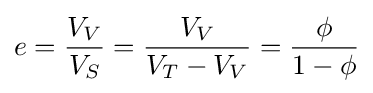
e={\frac {V_{V}}{V_{S}}}={\frac {V_{V}}{V_{T}-V_{V}}}={\frac {\phi }{1-\phi }}